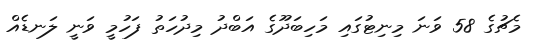
މެޗުގެ 58 ވަނަ މިނިޓުގައި މަހިބަދޫގެ އަބްދު މިދުހަތު ފަހުމީ ވަނީ ލަނޑެއް